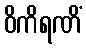
ဝိကိရဏိံ